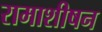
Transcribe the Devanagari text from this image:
रामाशीषन